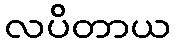
လပိတာယ